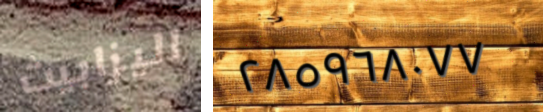
اليزابيث ٢٨٥٩٦٨٠٧٧